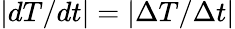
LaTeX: |dT/dt|=|\Delta T/\Delta t|